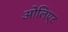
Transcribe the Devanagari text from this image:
ओलिएट